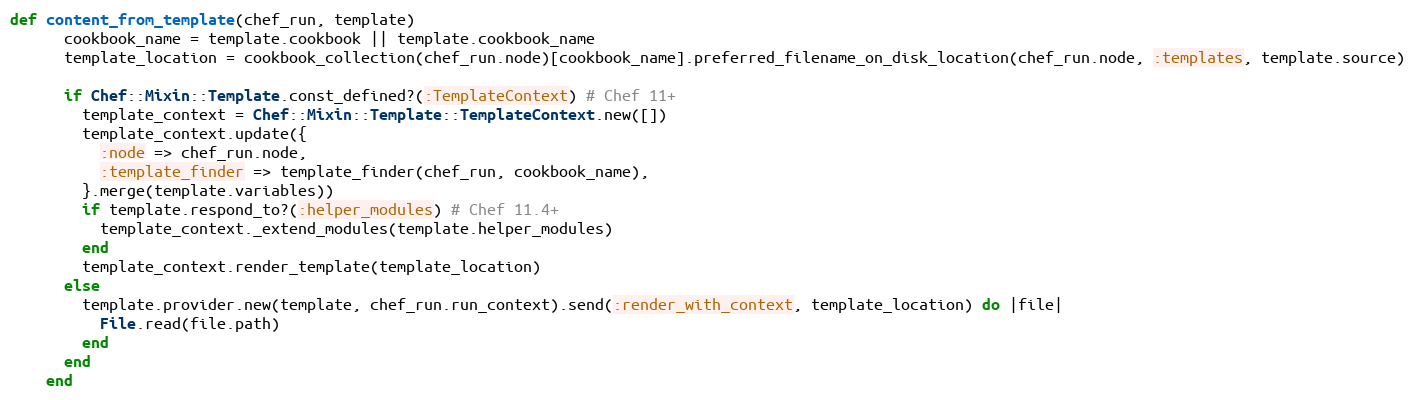
Language: Ruby
def content_from_template(chef_run, template)
      cookbook_name = template.cookbook || template.cookbook_name
      template_location = cookbook_collection(chef_run.node)[cookbook_name].preferred_filename_on_disk_location(chef_run.node, :templates, template.source)

      if Chef::Mixin::Template.const_defined?(:TemplateContext) # Chef 11+
        template_context = Chef::Mixin::Template::TemplateContext.new([])
        template_context.update({
          :node => chef_run.node,
          :template_finder => template_finder(chef_run, cookbook_name),
        }.merge(template.variables))
        if template.respond_to?(:helper_modules) # Chef 11.4+
          template_context._extend_modules(template.helper_modules)
        end
        template_context.render_template(template_location)
      else
        template.provider.new(template, chef_run.run_context).send(:render_with_context, template_location) do |file|
          File.read(file.path)
        end
      end
    end